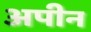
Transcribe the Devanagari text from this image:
अपीन